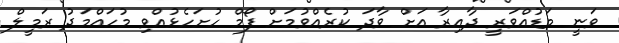
ވަނީ މަޑުއްވަރީ ދާއިރާ އަށް ވާދަ ކުރެއްވުމަށް ފޯމް ހުށަހެޅުއްވި މުހައްމަދު ރަމީލް